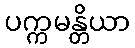
ပက္ကမန္တိယာ